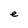
Character: e